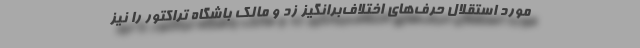
مورد استقلال حرف‌های اختلاف‌برانگیز زد و مالک باشگاه تراکتور را نیز